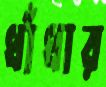
ধাঁধার